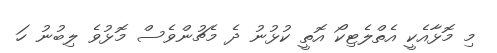
މި މޮޅާއެކީ އެތްލެޓިކޯ އޮތީ ކުޅުނު ދެ މެޗުންވެސް މޮޅުވެ ލިބުނު ހަ